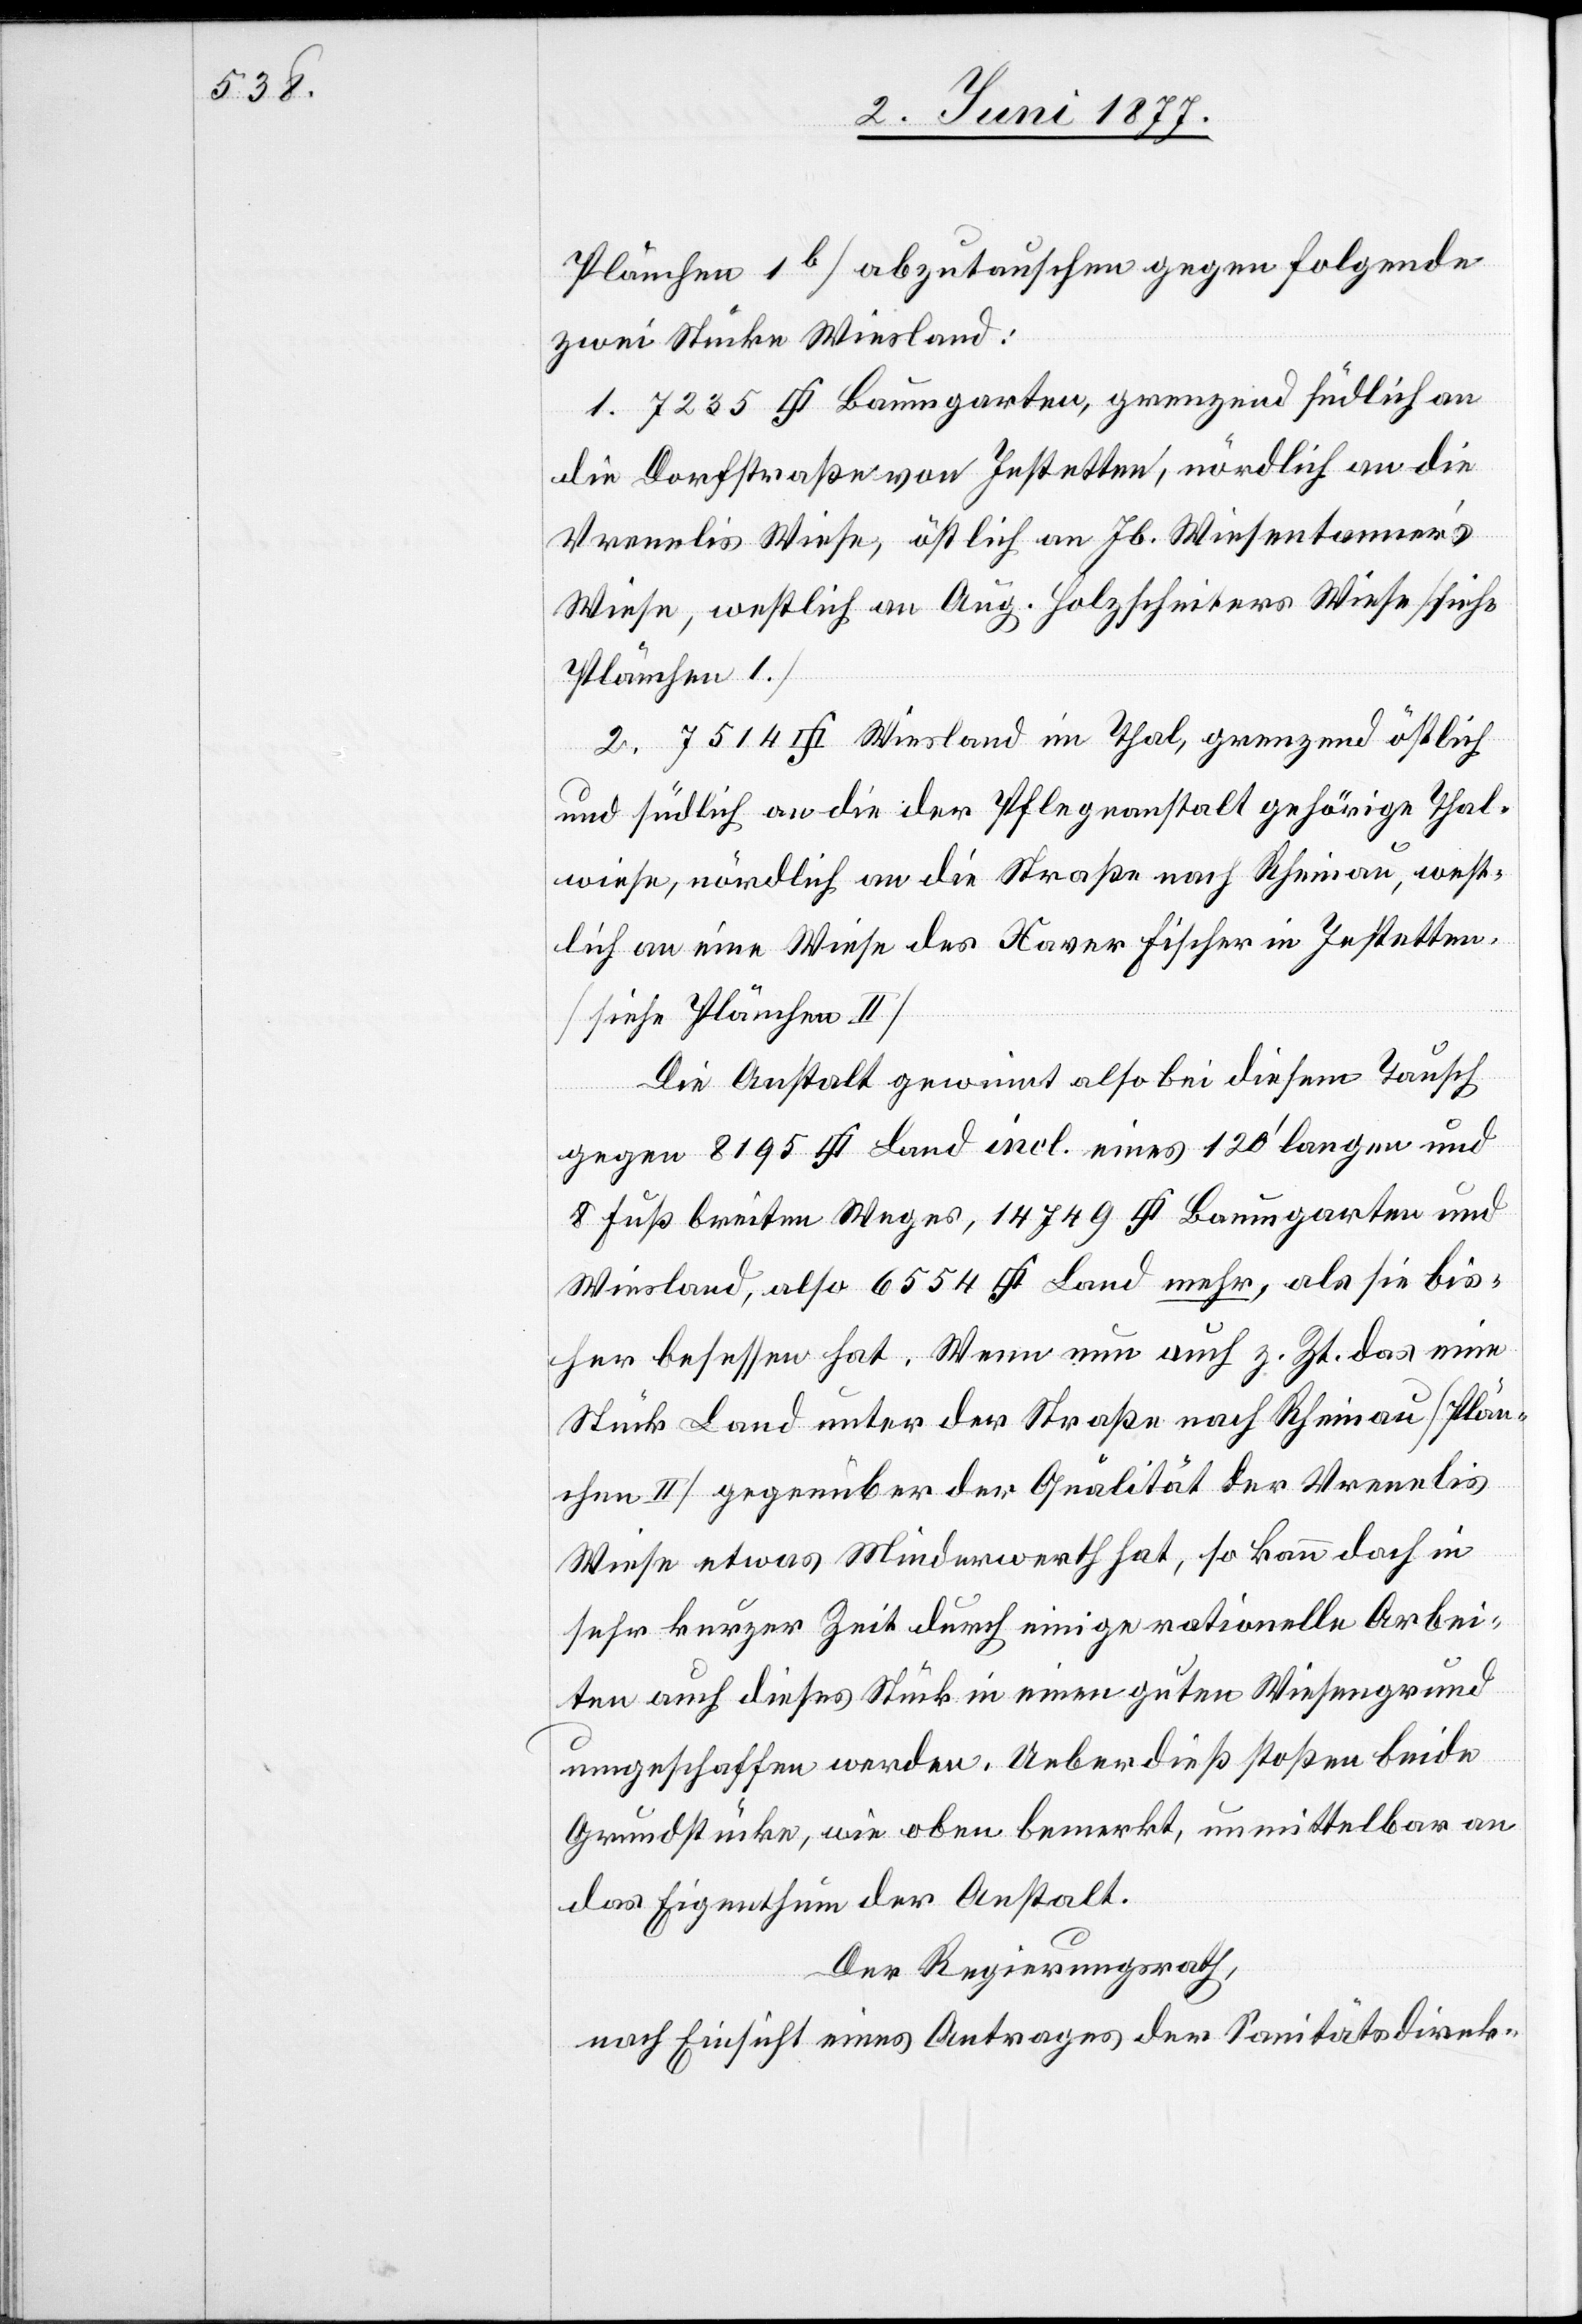
Plänchen 1b] abzutauschen gegen folgende
zwei Stücke Wiesland:
die Dorfstraße von Jestetten, nördlich an die
Vrenelis Wiese, östlich an Jb. Wiesentanner’s
Wiese, westlich an Aug. Holzscheiters Wiese [siehe
im
Plänchen I.]
und südlich an die der Pflegeanstalt Rheinau gehörige Thal¬
wiese, nördlich an die Straße nach Rheinau, west¬
lich an eine Wiese des Xaver Fischer in Jestetten.
[Siehe Plänchen II]
Die Anstalt gewinnt also bei diesem Tausch
gegen 8195 [Quadratfuss] Land incl. eines 120’ langen und
8 Fuß breiten Weges, 14 749 [Quadratfuss] Baumgarten und
Wiesland, also 6554 [Quadratfuss] Land mehr, als sie bis¬
her besessen hat. Wenn nun auch z. Zt. das eine
Stück Land unter der Straße nach Rheinau [Plän¬
chen II] gegenüber der Qualität der Vrenelis
Wiese etwas Minderwerth hat, so kann doch in
sehr kurzer Zeit durch einige rationelle Arbei¬
ten auch dieses Stück in einen guten Wiesengrund
umgeschaffen werden. Ueberdieß stoßen beide
Grundstücke, wie oben bemerkt, unmittelbar an
das Eigenthum der Anstalt.
Der Regierungsrath,
nach Einsicht eines Antrages der Sanitätsdirek-